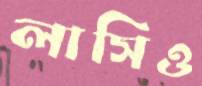
লাসিও